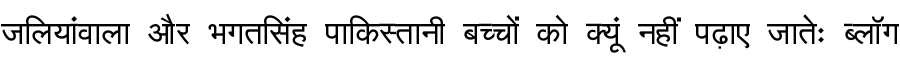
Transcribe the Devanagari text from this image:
जलियांवाला और भगतसिंह पाकिस्तानी बच्चों को क्यूं नहीं पढ़ाए जातेः ब्लॉग